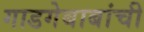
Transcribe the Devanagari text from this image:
गाडगेबाबांची